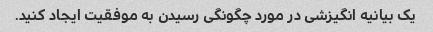
یک بیانیه انگیزشی در مورد چگونگی رسیدن به موفقیت ایجاد کنید.